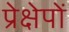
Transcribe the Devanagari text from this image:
प्रेक्षेपों